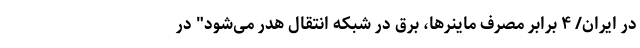
در ایران/ ۴ برابر مصرف ماینرها، برق در شبکه انتقال هدر می‌شود" در